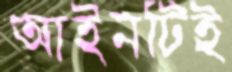
আইনটিই